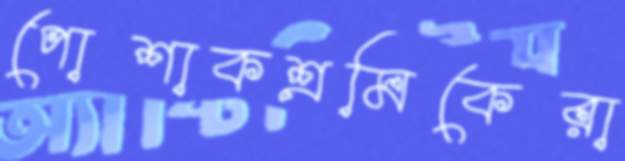
পোশাকশ্রমিকেরা